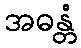
အဓန္တံ